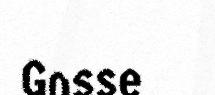
Gosse